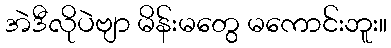
အဲဒီလိုပဲဗျာ မိန်းမတွေ မကောင်းဘူး။